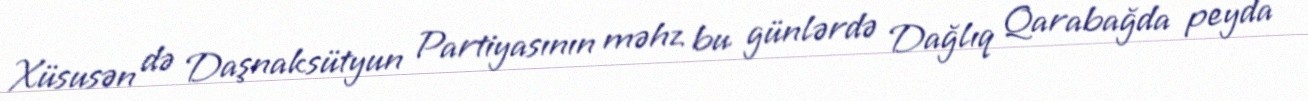
Xüsusən də Daşnaksütyun Partiyasının məhz bu günlərdə Dağlıq Qarabağda peyda